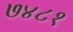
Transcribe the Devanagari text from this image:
७४८१